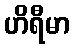
ဟိရီမာ